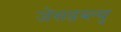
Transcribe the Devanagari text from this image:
जेसडब्ल्यु